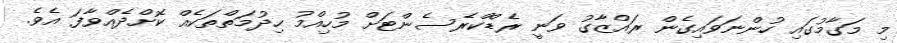
މި މަގާމުގައި ހުންނަވައިގެން ރައްޒާގު ވަނީ ރެޑްކްރެސެންޓަށް މުހިއްމު ހިދުމަތްތަކެއް ކޮށްދެއްވާފަ އެވެ.